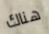
هناك